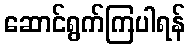
ဆောင်ရွက်ကြပါရန်